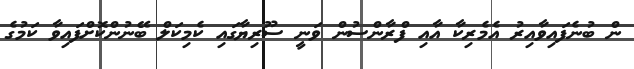
ން ބުނެފައިވާއިރު އެމެރިކާ އާއި ފްރާންސުން ވަނީ ސޫރިޔާގައި ކެމިކަލް ބޭނުންކޮށްފައިވާ ކަމުގެ